Civil Veterinary Department Bihar & Orissa reports 1929-36 - 1929-1936
Year: 1929
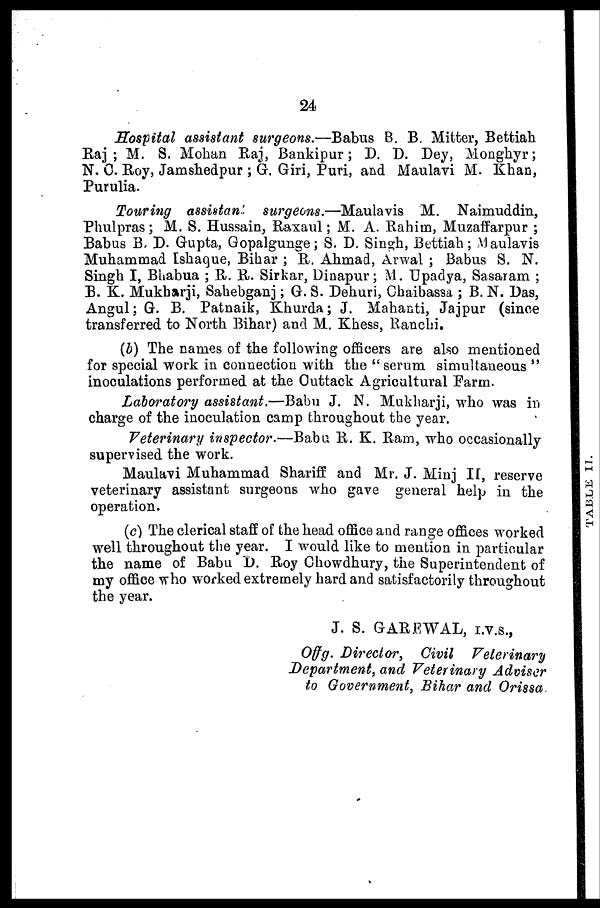
24
Hospital assistant surgeons.—Babus B. B. Mitter, Bettiah
Raj ; M. S. Mohan Raj, Bankipur; D. D. Dey, Monghyr;
N. 0. Roy, Jamshedpur ; G. Giri, Puri, and Maulavi M. Khan,
Purulia.
Touring assistant surgeons.—Maulavis
M. Naimuddin,
Phulpras; M. S. Hussain, Raxaul; M. A. Rahim, Muzaffarpur ;
Babus B, D. Gupta, Gopalgunge; S. D. Singh, Bettiah; Maulavis
Muhammad Ishaque, Bihar ; R. Ahmad, Arwal ; Babus S. N.
Singh I, Bhabua ; R. R. Sirkar, Dinapur; M. Upadya, Sasaram ;
B. K. Mukhairji, Sahebganj; G. S. Dehuri, Chaibassa ; B. N. Das,
Angul; G. B. Patnaik, Khurda; J. Mahanti, Jajpur (since
transferred to North Bihar) and M. Khess, Ranchi.
(b) The names of the following officers are also mentioned
for special work in connection with the "serum simultaneous "
inoculations performed at the Outtack Agricultural Farm.
Laboratory assistant.—Babu J. N. Mukharji, who was in
charge of the inoculation camp throughout the year.
Veterinary inspector.—Babu R. K. Ram, who occasionally
supervised the work.
Maulavi Muhammad Shariff and Mr. J. Minj II, reserve
veterinary assistant surgeons who gave general help in the
operation.
(c) The clerical staff of the head office and range offices worked
well throughout the year. I would like to mention in particular
the name of Babu D. Roy Chowdhury, the Superintendent of
my office who worked extremely hard and satisfactorily throughout
the year.
J. S. GAREWAL, I.V.S.,
Offg. Director,
Civil
Veterinary
Department, and Veterinary Adviser
to Government, Bihar and Orissa.